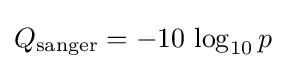
Q_{\text{sanger}}=-10\,\log _{10}p